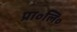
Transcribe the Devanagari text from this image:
प्रा॰लि॰